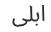
ابلى